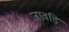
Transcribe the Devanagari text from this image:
जावड़ि